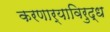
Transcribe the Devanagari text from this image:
करणार्‍याविरुद्ध